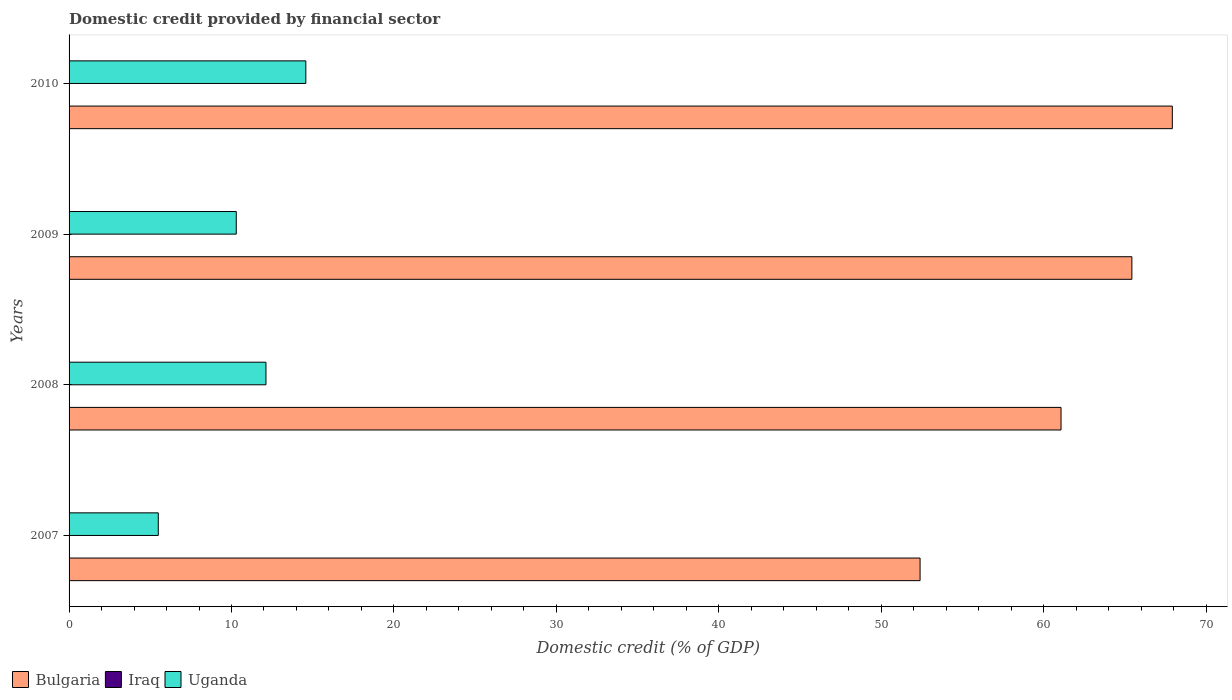
| Years | Bulgaria | Iraq | Uganda |
 | --- | --- | --- | --- |
 | 2007 | 52.4 | -11.2 | 5.49 |
 | 2008 | 61.1 | -16.4 | 12.1 |
 | 2009 | 65.4 | -9.62 | 10.3 |
 | 2010 | 67.9 | -1.25 | 14.6 |